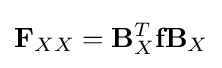
\mathbf {F} _{XX}=\mathbf {B} _{X}^{T}\mathbf {f} \mathbf {B} _{X}